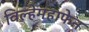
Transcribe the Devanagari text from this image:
विल्हेमहाफेन